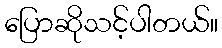
ပြောဆိုသင့်ပါတယ်။